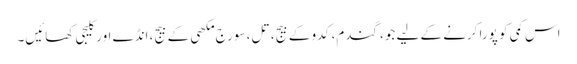
اس کمی کو پورا کرنے کے لیے جو، گندم، کدو کے بیج، تل، سورج مکھی کے بیج، انڈے اور کلیجی کھائیں۔